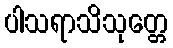
ပါသရာသိသုတ္တေ